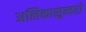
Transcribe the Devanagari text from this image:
अलिकासुन्दरो